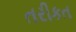
તરીકત